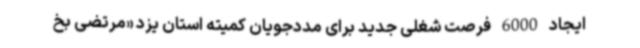
ایجاد 6000 فرصت شغلی جدید برای مددجویان کمیته استان یزد «مرتضی بخ